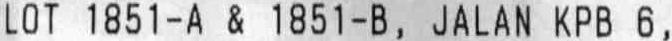
LOT 1851-A & 1851-B, JALAN KPB 6,